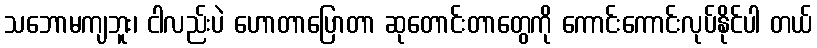
သဘောမကျဘူး၊ ငါလည်းပဲ ဟောတာပြောတာ ဆုတောင်းတာတွေကို ကောင်းကောင်းလုပ်နိုင်ပါ တယ်